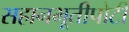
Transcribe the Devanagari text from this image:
सहानभूतीपोटी